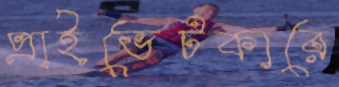
প্রাইভেটকারে